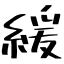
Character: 緩